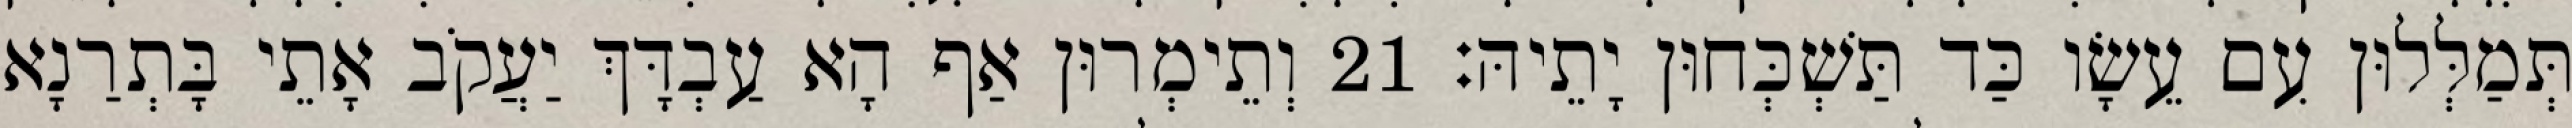
תְּמַלְּלוּן עִם עֵשָׂו כַּד תַּשְׁכְּחוּן יָתֵיהּ׃ 21 וְתֵימְרוּן אַף הָא עַבְדָּךְ יַעֲקֹב אָתֵי בָּתְרַנָא